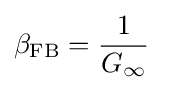
\beta _{\mathrm {FB} }={\frac {1}{G_{\infty }}}\